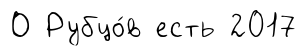
О Рубцо́в есть 2017